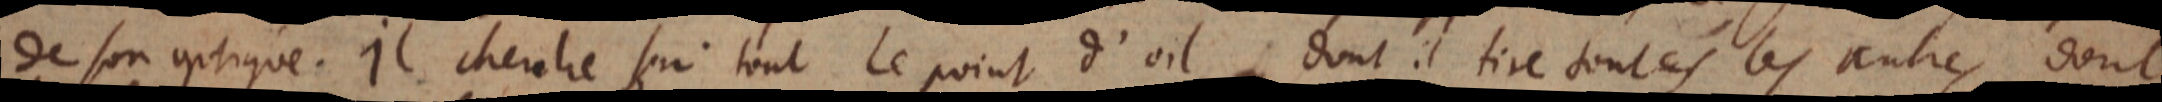
de son optique. Il cherche sur tout le point d’oil, dont il tire toutes les autres, dont